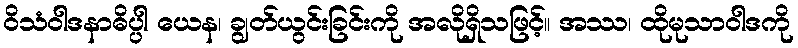
ဝိသံဝါဒနာဓိပ္ပါ ယေန၊ ချွတ်ယွင်းခြင်းကို အလိုရှိသဖြင့်။ အဿ၊ ထိုမုသာဝါဒကို